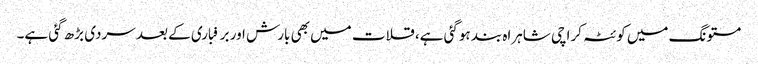
مستونگ میں کوئٹہ کراچی شاہراہ بند ہوگئی ہے، قلات میں بھی بارش اور برفباری کے بعد سردی بڑھ گئی ہے۔